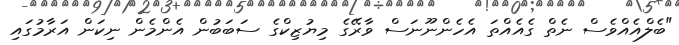
"ބެލްއެއްވެސް ނެތް ގެއެއްތަ އެހެންނޫނަސް ވާރޭގެ މިޔުޒިކްގެ ސަބަބުން އެންމެން ނިކަން އަރާމުގައި